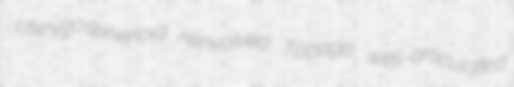
pterygosphenoid reinvolved Tobago well-articulated